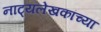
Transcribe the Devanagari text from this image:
नाट्यलेखकांच्या